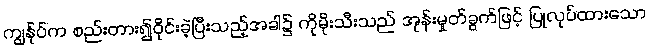
ကျွန်ုပ်က စည်းတား၍ဝိုင်းခဲ့ပြီးသည့်အခါ၌ ကိုမိုးသီးသည် အုန်းမှုတ်ခွက်ဖြင့် ပြုလုပ်ထားသော